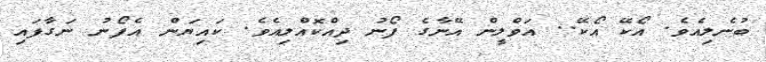
ބުނެލިއެވެ. އޯކޭ އޯކޭ.. އަވްލީން އޭނާގެ ފޯނު ދިއްކޮއްލިއެވެ. ކައިޔަން އެފޯނު ނަގާފައި